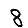
Digit: 8